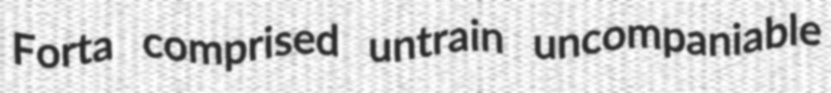
Forta comprised untrain uncompaniable